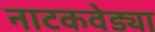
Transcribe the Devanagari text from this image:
नाटकवेड्या